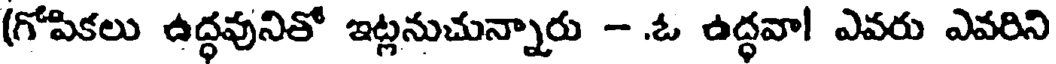
(గోపికలు ఉద్ధవునితో ఇట్లనుచున్నారు - .ఓ ఉద్ధవా! ఎవరు ఎవరిని